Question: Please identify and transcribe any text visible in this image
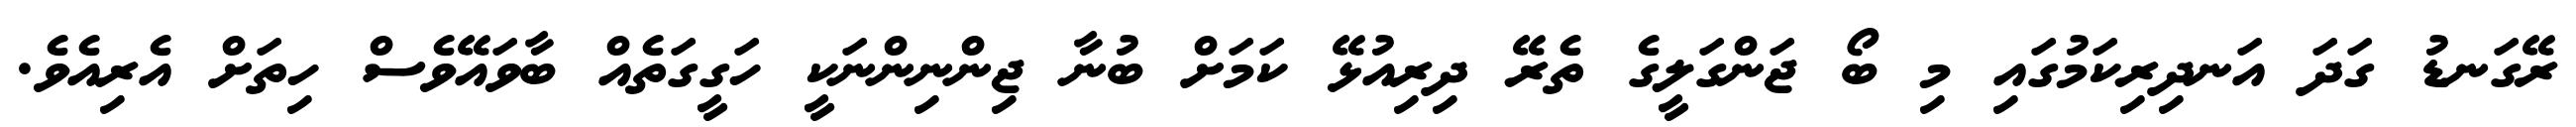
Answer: ރޭގަނޑު ގަދަ އަނދިރިކަމުގައި މި ބޯ ޖަންގަލީގެ ތެރޭ ދިރިއުޅޭ ކަމަށް ބުނާ ޖިންނިންނަކީ ހަގީގަތެއް ބާވައޭވެސް ހިތަށް އެރިއެވެ.